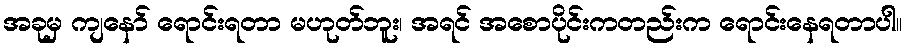
အခုမှ ကျနော် ရောင်းရတာ မဟုတ်ဘူး၊ အရင် အစောပိုင်းကတည်းက ရောင်းနေရတာပါ။